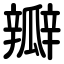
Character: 瓣